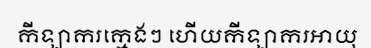
កីឡាករក្មេងៗ ហើយកីឡាករអាយុ